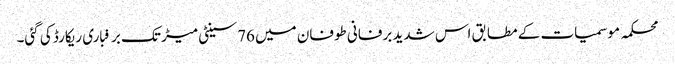
محکمہ موسمیات کے مطابق اس شدید برفانی طوفان میں 76 سینٹی میڑ تک برفباری ریکارڈ کی گئی۔